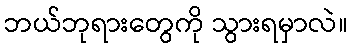
ဘယ်ဘုရားတွေကို သွားရမှာလဲ။